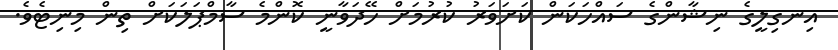
އިނގިލީގެ ނިޝާންގެ ސައްހަކަން ކަށަވަރު ކުރުމަށް ހޭދަވާނީ ކޮންމެ ސާމްޕަލަކަށް ތިން މިނިޓެވެ.